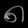
Digit: ၈